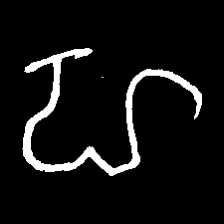
Pyu character \u2014 Myanmar letter: ဟ (romanized: ha)